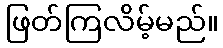
ဖြတ်ကြလိမ့်မည်။